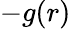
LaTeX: -g(r)